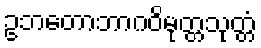
ဥဘတောဘာဂဝိမုတ္တသုတ္တံ